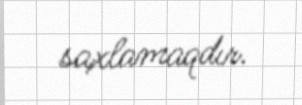
saxlamaqdır.